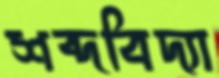
শব্দবিদ্যা